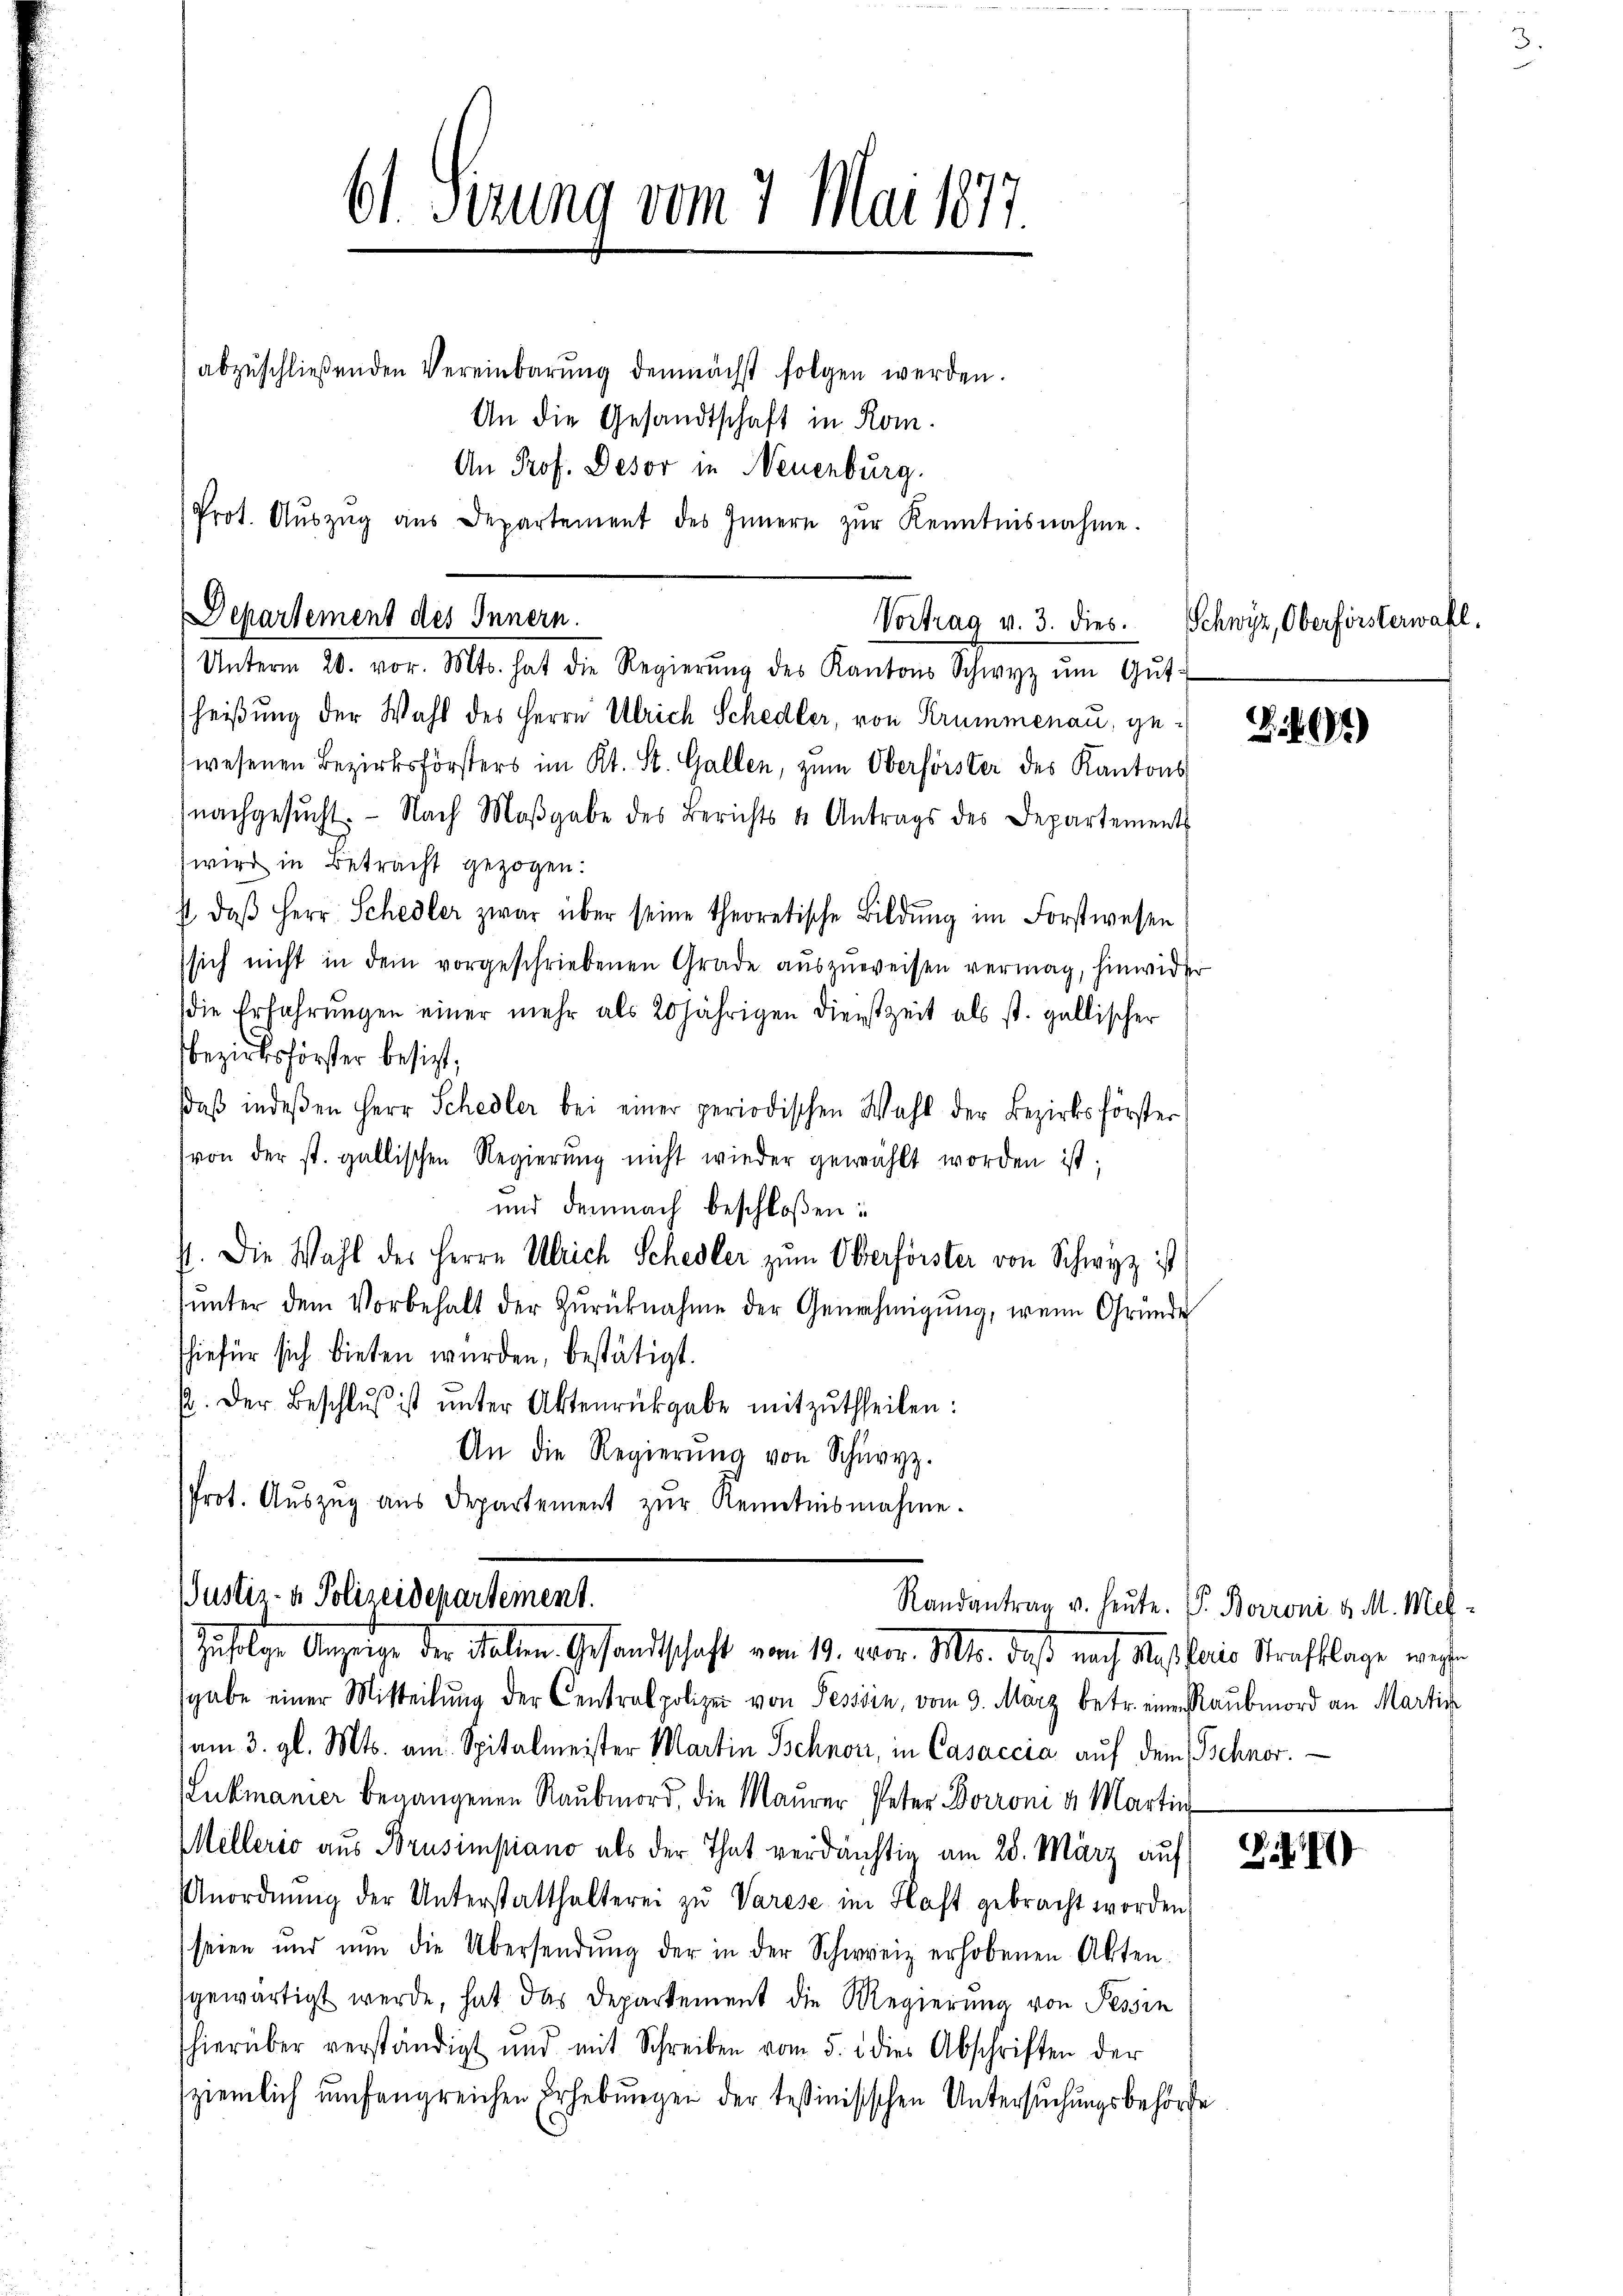
61. Serung vom 7. Mai 1877.
abzŭschlieβenden Vereinbarŭng demnächst folgen werden.
An die Gesandtschaft in Rom.

An Prof. Desor in Neuenburg.
Prot. Aŭszŭg aŭs Departement des Innern zŭr Kenntnisnahme.

Departement des Innern.
Vortrag v. 3. dies
Unterm 20. vor. Mts. hat die Regierŭng des Kantons Schwyz ŭm Gŭt-

heißung der Wahl des Herrn Ulrich Schedler, von Krummenau, gewesenen Bezirksförsters im Kt. St. Gallen, zum Oberförster des Kantons
(nachgesŭcht. Nach Maβgabe des Berichts u. Antrags des Departements
wird in Betracht gezogen.
s. daβ Herr Schedler zwar über seine theoretische Bildŭng im Forstwesen
sich nicht in dem vorgeschriebenen Grade auszuweisen vermag, hinwider
die Erfahrŭngen einer mehr als 20 jährigen Dienstzeit als st. gallischer
Bezirksförster besicht,
daβ indeßen Herr Schedler bei einer periodischen Wahl der Bezirksförster
(von der st. gallischen Regierŭng nicht wieder gewählt worden ist;
und demnach beschloßen:
7. Die Wahl des Herrn Ulrich Schedler zum Oberförster von Schwyz ist
ŭnter dem Vorbehalt der Zŭrücknahme der Genehmigŭng, wenn Grunde
shiefür sich bieten wurden, bestätigt.
p. Der Beschlŭβ ist ŭnter Aktenrückgabe mitzutheilen:
An die Regierŭng von Schury.
Prot. Aŭszŭg aŭs Departement zŭr Kenntnisnahme.

sgabe einer Mitteilŭng der Centralpolizei von Tessin, vom 9. März betr. einen Raubmord an Martik
(am 3. gl. Mts. am Spitalmeister Martin Schnor, in Casaccia auf dem Schnor
Lukmanier begangenen Raubmord, die Maurer Peter Borrom u. Martin
Mellerio aus Brusimpiano als der That verdächtig am 28. März auf 18
Anordnŭng der Unterstatthalterei zŭ Varese im Haft gebracht worden,
seien und nun die Übersendŭng der in der Schweiz erhobenen Akten.
sgewärtigt werde, hat das Departement die Regierung von Tessin
hierüber verständigt und mit Schreiben vom 5. d. dies Abschriften der
ziemlich umfangreichen Erhebungen der testinisischen Untersuchungsbehörde

Justiz- & Polizeidepartement.
Zufolge Anzeige der Falten. Gesandtschaft vom 19. vor. Mts. daß nach Maßhaus Strafklage wesen

Randantrag v. heute. P. Borroni d. M. Mel-

Schwyz, Oberförsterwahl.

S. 161)